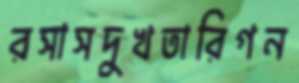
রসাসদুখতারিগন